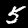
Label: 5